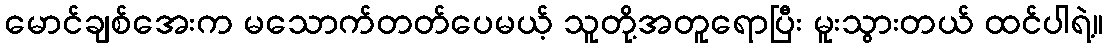
မောင်ချစ်အေးက မသောက်တတ်ပေမယ့် သူတို့အတူရောပြီး မူးသွားတယ် ထင်ပါရဲ့။